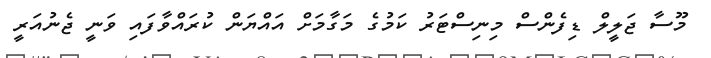
މޫސާ ޖަލީލް ޑިފެންސް މިނިސްޓަރު ކަމުގެ މަގާމަށް އައްޔަން ކުރައްވާފައި ވަނީ ޖެނުއަރީ